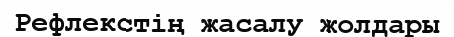
Рефлекстің жасалу жолдары